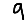
Digit: 9